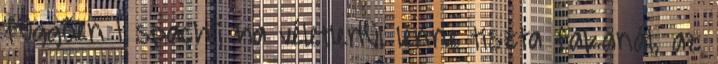
függően 1 spachli ha véletlenül lenne tiszta fakanál, az